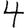
Digit: 4